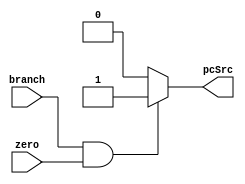
module BranchController (branch, zero, pcSrc);
    input branch, zero;
    output pcSrc;
    reg pcSrc;

    always @(branch or zero) begin
        pcSrc = 1'b0;

        if (branch & zero)
            pcSrc = 1'b1;
    end
endmodule